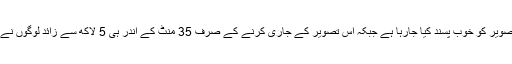
مداحوں کی جانب سے اس تصویر کو خوب پسند کیا جارہا ہے جبکہ اس تصویر کے جاری کرنے کے صرف 35 منٹ کے اندر ہی 5 لاکھ سے زائد لوگوں نے اپنی پسندیدگی کا اظہار کیا۔